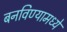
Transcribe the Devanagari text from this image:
बनविण्यामध्ये